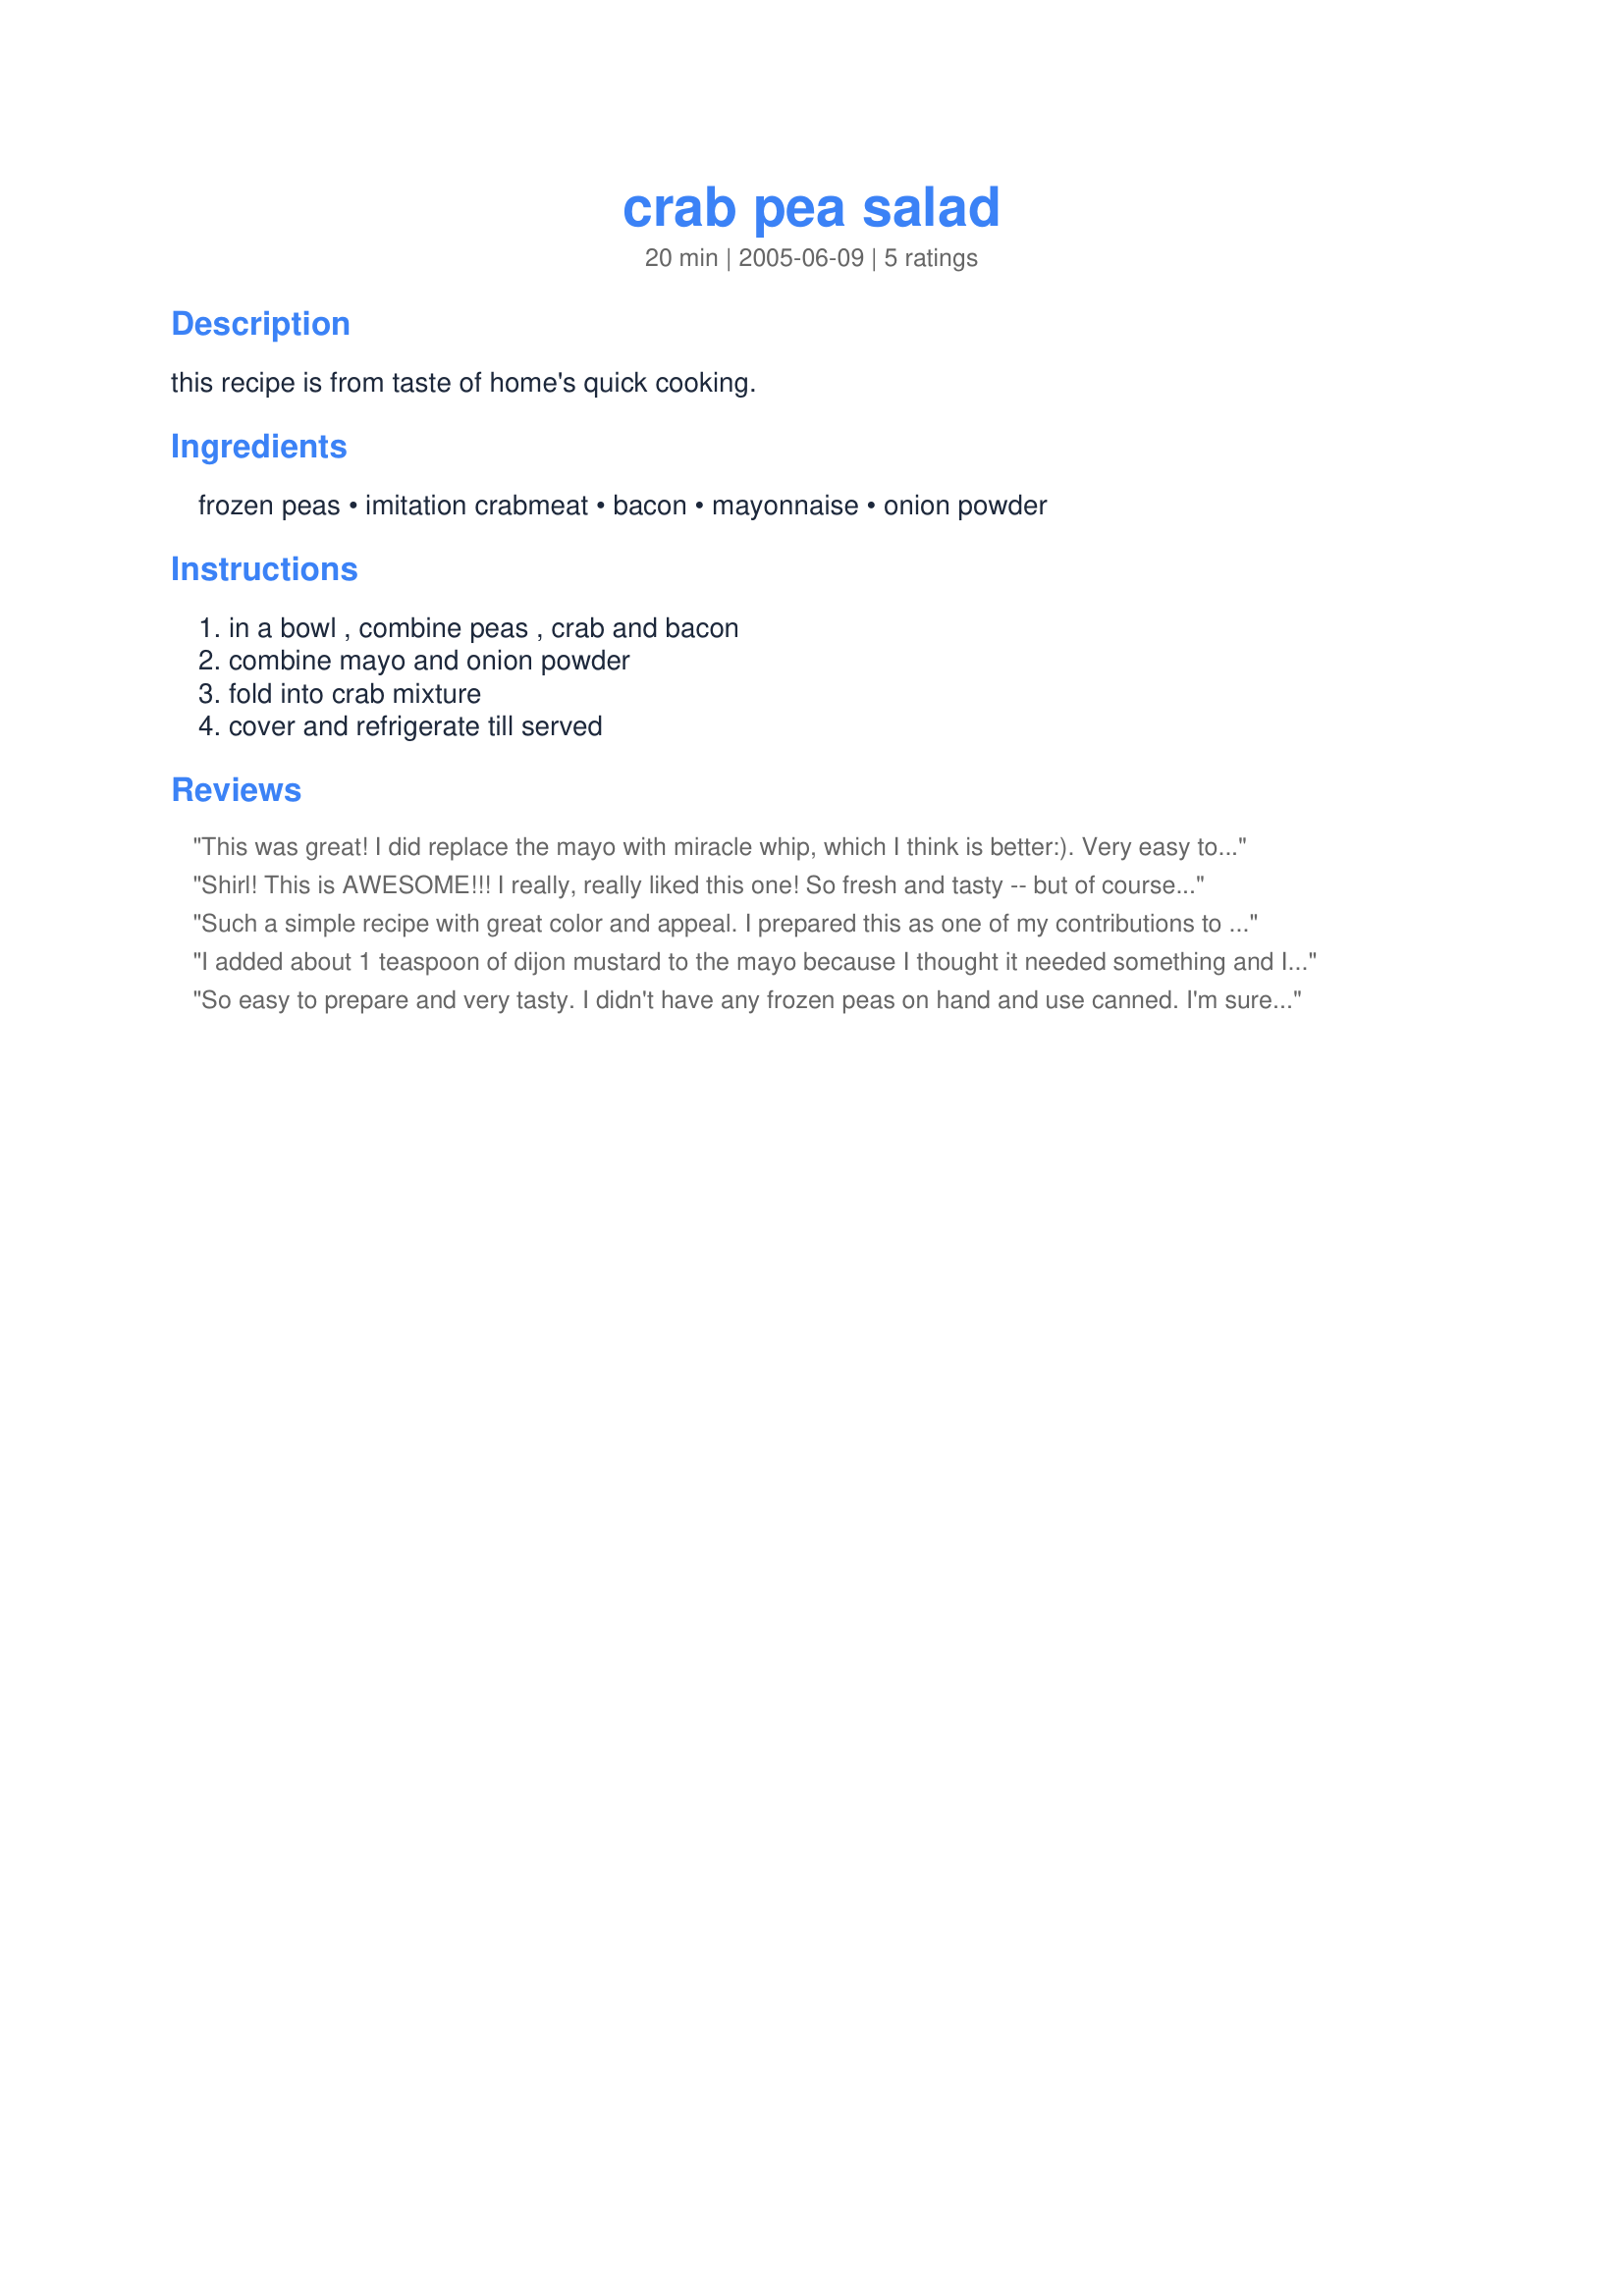
crab pea salad
Preparation time: 20 minutes

this recipe is from taste of home's quick cooking.

Ingredients:
frozen peas, imitation crabmeat, bacon, mayonnaise, onion powder

Steps:
in a bowl , combine peas , crab and bacon, combine mayo and onion powder, fold into crab mixture, cover and refrigerate till served

Reviews:
This was great! I did replace the mayo with miracle whip, which I think is better:). Very easy to make and very hard to share! Thanks!
Shirl! This is AWESOME!!! I really, really liked this one! So fresh and tasty -- but of course I love crabmeat and peas! It was very easy to make, and the only change I made was to add a little salt and pepper (out of habit, I guess.) Thanks for posting! YUM! Stacy :)
Such a simple recipe with great color and appeal. I prepared this as one of my contributions to a community center salad bar buffet. The bowl was soon empty. I love that this used ingredients that I usually always have on hand.
I added about 1 teaspoon of dijon mustard to the mayo because I thought it needed something and I didn't have any onion powder. Thanks for such an easy tasty side. :)
So easy to prepare and very tasty. I didn't have any frozen peas on hand and use canned. I'm sure it would have tasted some better with frozen. I will make this again.
